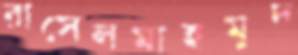
রাসেলমাহমুদ